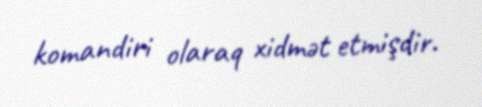
komandiri olaraq xidmət etmişdir.